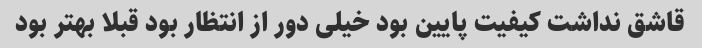
قاشق نداشت کیفیت پایین بود خیلی دور از انتظار بود قبلا بهتر بود